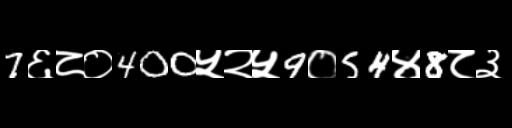
Text: 7६८०400५२५9०54४8८३